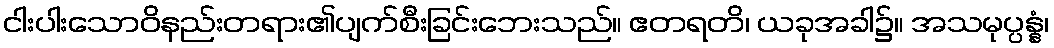
ငါးပါးသောဝိနည်းတရား၏ပျက်စီးခြင်းဘေးသည်။ ဧတရတိ၊ ယခုအခါ၌။ အသမုပ္ပန္နံ၊